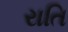
રાતિ